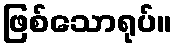
ဖြစ်သောရုပ်။